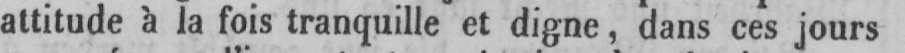
attitude à la fois tranquille et digne, dans ces jours